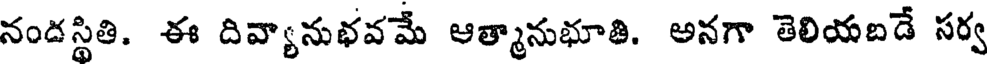
నందస్థితి. ఈ దివ్యానుభవమే ఆత్మానుభూతి. అనగా తెలియబడే సర్వ